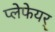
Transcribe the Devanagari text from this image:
प्लेफेयर्